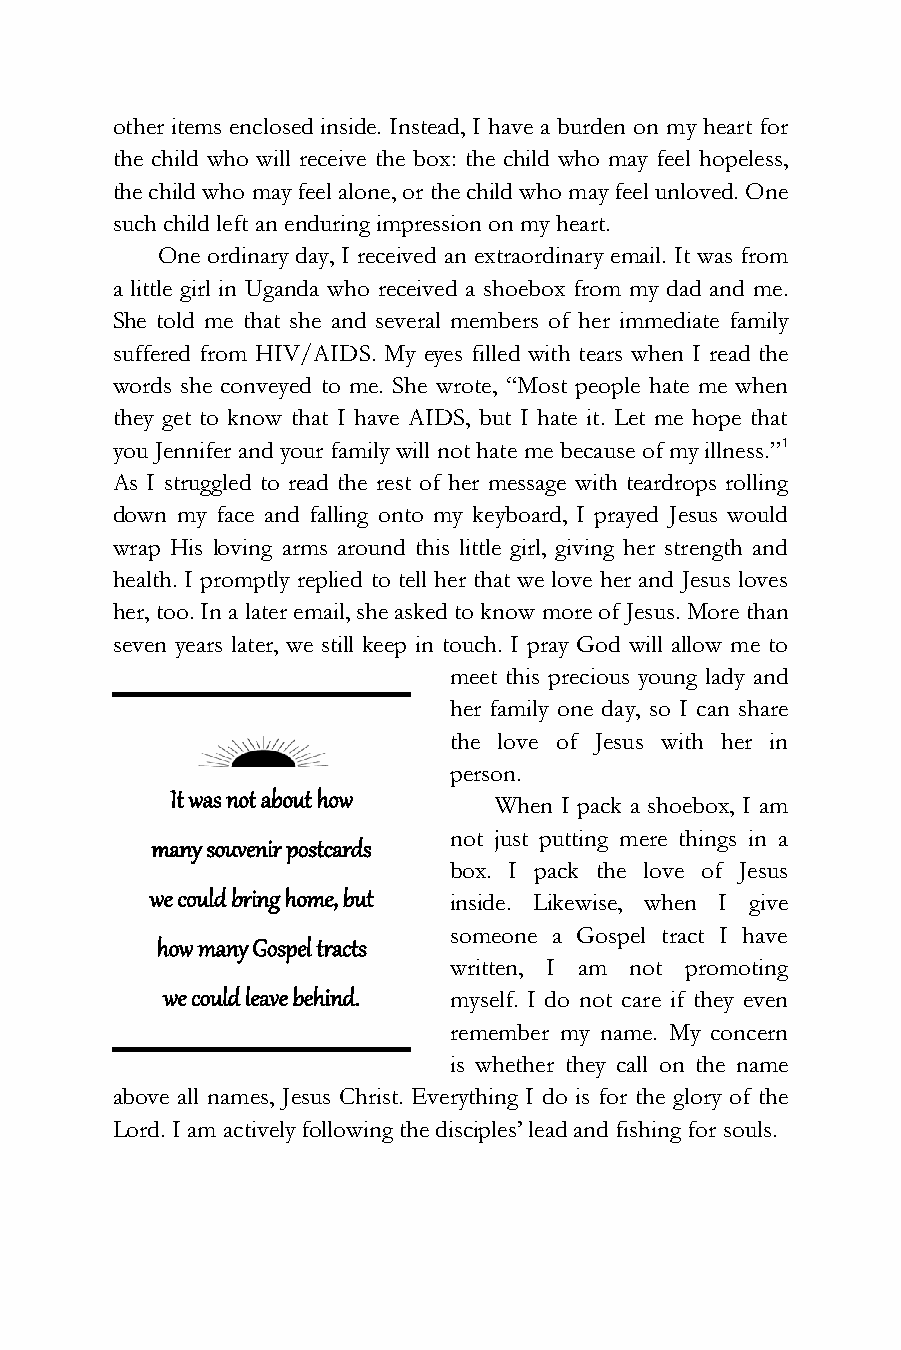
other items enclosed inside. Instead, I have a burden on my heart for
 the child who will receive the box: the child who may feel hopeless,
 the child who may feel alone, or the child who may feel unloved. One
 such child left an enduring impression on my heart.
 One ordinary day, I received an extraordinary email. It was from
 a little girl in Uganda who received a shoebox from my dad and me.
 She told me that she and several members of her immediate family
 suffered from HIV/AIDS. My eyes filled with tears when I read the
 words she conveyed to me. She wrote, “Most people hate me when
 they get to know that I have AIDS, but I hate it. Let me hope that
 you Jennifer and your family will not hate me because of my illness.”1
 As I struggled to read the rest of her message with teardrops rolling
 down my face and falling onto my keyboard, I prayed Jesus would
 wrap His loving arms around this little girl, giving her strength and
 health. I promptly replied to tell her that we love her and Jesus loves
 her, too. In a later email, she asked to know more of Jesus. More than
 seven years later, we still keep in touch. I pray God will allow me to
 meet this precious young lady and
 her family one day, so I can share
 the love of Jesus with her in
 person.
 It was not about how
 When I pack a shoebox, I am
 not just putting mere things in a
 many souvenir postcards
 box. I pack the love of Jesus
 we could bring home, but inside. Likewise, when I give
 someone a Gospel tract I have
 how many Gospel tracts
 written, I am not promoting
 we could leave behind. myself. I do not care if they even
 remember my name. My concern
 is whether they call on the name
 above all names, Jesus Christ. Everything I do is for the glory of the
 Lord. I am actively following the disciples’ lead and fishing for souls.